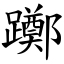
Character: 躑